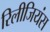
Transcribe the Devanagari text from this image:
रिलीजियंस